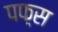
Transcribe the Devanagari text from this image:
पफ़्स